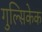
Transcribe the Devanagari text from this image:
गुल्सिकेक